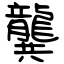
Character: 龔